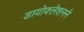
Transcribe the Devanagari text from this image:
डायोक्लेशनने